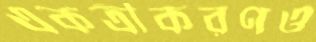
একত্রীকরণও